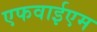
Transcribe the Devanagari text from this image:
एफवाईएम